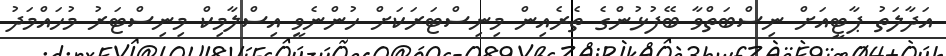
އަދާލަތު ޕާޓީއަށް ނިސްބަތްވާ ބޭފުޅުންގެ ތެރެއިން މިނިސްޓަރަކަށް ހުންނެވީ އިސްލާމިކް މިނިސްޓަރު މުހައްމަދު